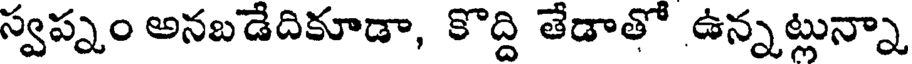
స్వప్నం అనబడేదికూడా, కొద్ది తేడాతో ఉన్నట్లున్నా